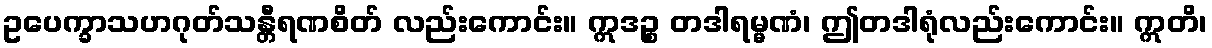
ဥပေက္ခာသဟဂုတ်သန္တီရဏစိတ် လည်းကောင်း။ ဣဒဉ္စ တဒါရမ္မဏံ၊ ဤတဒါရုံလည်းကောင်း။ ဣတိ၊